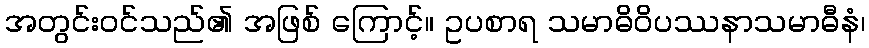
အတွင်းဝင်သည်၏ အဖြစ် ကြောင့်။ ဥပစာရ သမာဓိဝိပဿနာသမာဓီနံ၊